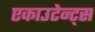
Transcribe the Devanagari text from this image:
एकाउटेन्ट्स